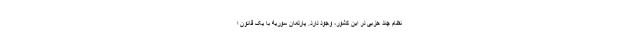
نظام چند حزبی در این کشور، وجود دارد. پارلمان سوریه با یک قانون ا